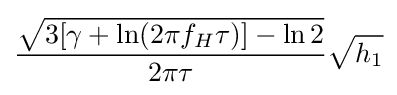
{\frac {\sqrt {3[\gamma +\ln(2\pi f_{H}\tau )]-\ln 2}}{2\pi \tau }}{\sqrt {h_{1}}}